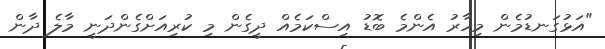
"އަޅުގަނޑުމެން މިހާރު އެންމެ ބޮޑު އިސްކަމެއް ދީގެން މި ކުރިއަށްގެންދަނީ މާލެ ދާން